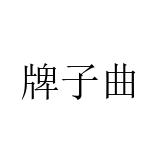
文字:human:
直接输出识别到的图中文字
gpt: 牌子曲